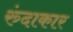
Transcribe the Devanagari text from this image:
रुंदाकार